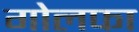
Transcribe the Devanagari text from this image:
गोलफा